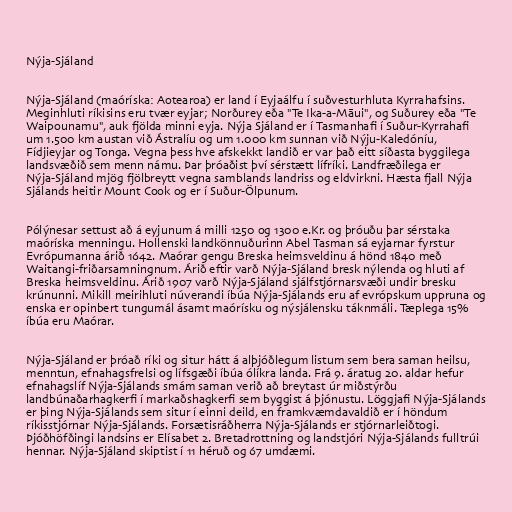
Nýja-Sjáland

Nýja-Sjáland (maóríska: Aotearoa) er land í Eyjaálfu í suðvesturhluta Kyrrahafsins.
Meginhluti ríkisins eru tvær eyjar; Norðurey eða "Te Ika-a-Māui", og Suðurey eða "Te
Waipounamu", auk fjölda minni eyja. Nýja Sjáland er í Tasmanhafi í Suður-Kyrrahafi
um 1.500 km austan við Ástralíu og um 1.000 km sunnan við Nýju-Kaledóníu,
Fídjieyjar og Tonga. Vegna þess hve afskekkt landið er var það eitt síðasta byggilega
landsvæðið sem menn námu. Þar þróaðist því sérstætt lífríki. Landfræðilega er
Nýja-Sjáland mjög fjölbreytt vegna samblands landriss og eldvirkni. Hæsta fjall Nýja
Sjálands heitir Mount Cook og er í Suður-Ölpunum.

Pólýnesar settust að á eyjunum á milli 1250 og 1300 e.Kr. og þróuðu þar sérstaka
maóríska menningu. Hollenski landkönnuðurinn Abel Tasman sá eyjarnar fyrstur
Evrópumanna árið 1642. Maórar gengu Breska heimsveldinu á hönd 1840 með
Waitangi-friðarsamningnum. Árið eftir varð Nýja-Sjáland bresk nýlenda og hluti af
Breska heimsveldinu. Árið 1907 varð Nýja-Sjáland sjálfstjórnarsvæði undir bresku
krúnunni. Mikill meirihluti núverandi íbúa Nýja-Sjálands eru af evrópskum uppruna og
enska er opinbert tungumál ásamt maórísku og nýsjálensku táknmáli. Tæplega 15%
íbúa eru Maórar.

Nýja-Sjáland er þróað ríki og situr hátt á alþjóðlegum listum sem bera saman heilsu,
menntun, efnahagsfrelsi og lífsgæði íbúa ólíkra landa. Frá 9. áratug 20. aldar hefur
efnahagslíf Nýja-Sjálands smám saman verið að breytast úr miðstýrðu
landbúnaðarhagkerfi í markaðshagkerfi sem byggist á þjónustu. Löggjafi Nýja-Sjálands
er þing Nýja-Sjálands sem situr í einni deild, en framkvæmdavaldið er í höndum
ríkisstjórnar Nýja-Sjálands. Forsætisráðherra Nýja-Sjálands er stjórnarleiðtogi.
Þjóðhöfðingi landsins er Elísabet 2. Bretadrottning og landstjóri Nýja-Sjálands fulltrúi
hennar. Nýja-Sjáland skiptist í 11 héruð og 67 umdæmi.